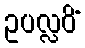
ဥပလ္လဝိံ